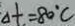
\Delta t = 8 0 ^ { \circ } C